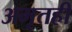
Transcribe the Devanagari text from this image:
अमृतही